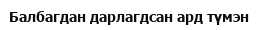
Балбагдан дарлагдсан ард түмэн